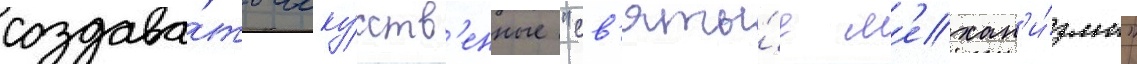
создава́ть иску́сств'енные "св'яты́е м'ехан'и́змы"